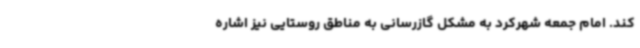
کند. امام جمعه شهرکرد به مشکل گازرسانی به مناطق روستایی نیز اشاره